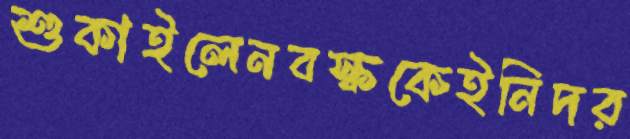
শুকাইলেনবস্ককেইনিদর